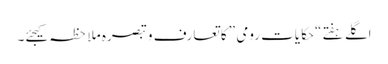
اگلے ہفتے “حکایات رومی ” کا تعارف و تبصرہ ملاحظہ کیجئے۔